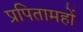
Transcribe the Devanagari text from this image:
प्रपितामहों